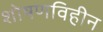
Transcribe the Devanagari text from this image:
शोषणविहीन